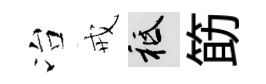
冶戒祇筯